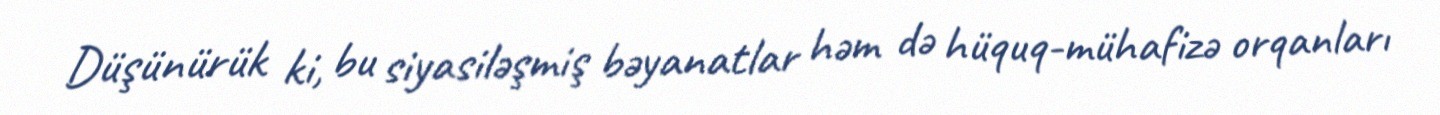
Düşünürük ki, bu siyasiləşmiş bəyanatlar həm də hüquq-mühafizə orqanları